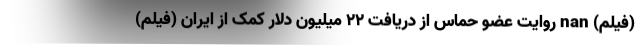
(فیلم) nan روایت عضو حماس از دریافت ۲۲ میلیون دلار کمک از ایران (فیلم)